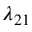
\lambda _ { 2 1 }